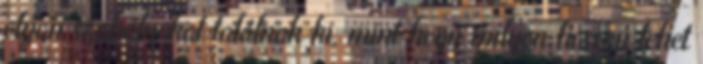
olyan szabályokat találnak ki, mint hogy milyen hosszú lehet